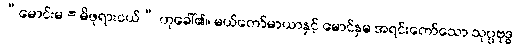
“မောင်းမ = မိဖုရားငယ်” ဟုခေါ်၏။ မယ်တော်မာယာနှင့် မောင်နှမ အရင်းတော်သော သုပ္ပဗုဒ္ဓ